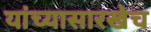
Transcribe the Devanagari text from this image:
यांच्यासारखेच